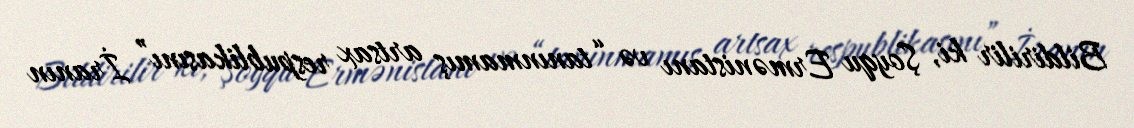
Bildirilir ki, Şoyqu Ermənistanı və “tanınmamış artsax respublikasını” İranın